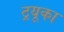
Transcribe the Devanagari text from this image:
ट्रयूका